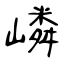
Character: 嶙